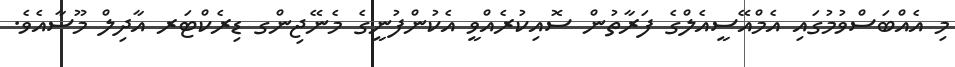
މި އެއްބަސްވުމުގައި އެމްއޭސީއެލްގެ ފަރާތުން ސޮއިކުރެއްވީ އެކުންފުނީގެ މެނޭޖިންގ ޑިރެކްޓަރ އާދިލް މޫސާއެވެ.